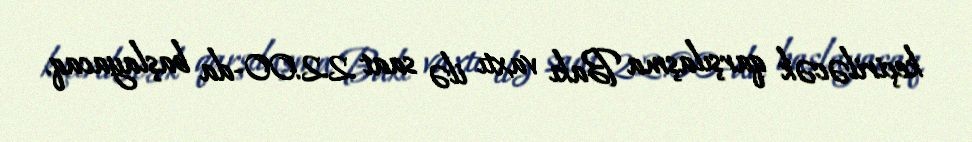
keçiriləcək qarşılaşma Bakı vaxtı ilə saat 22:00-da başlayacaq.